Indian journal of veterinary science and animal husbandry - Volume 12,
Year: 1942
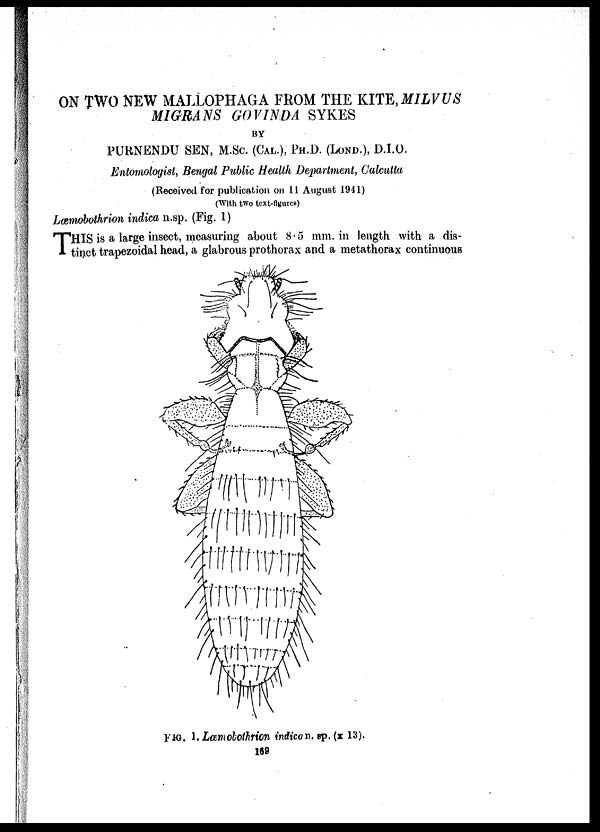
ON TWO NEW MALLOPHAGA FROM THE KITE, MILVUS
MIGRANS GOVINDA SYKES
BY
PURNENDU SEN, M.Sc. (CAL.), PH.D. (LOND.), D.I.O.
Entomologist, Bengal Public Health Department, Calcutta
(Received for publication on 11 August 1941)
(With two text-figures)
Læmobothrion indica n.sp. (Fig. 1)
T HIS is a large insect, measuring about 8.5 mm. in length with a dis-
tinct trapezoidal head, a glabrous prothorax and a metathorax continuous
FIG. 1. Læmobothrion indica n. sp. (x 13).
169